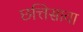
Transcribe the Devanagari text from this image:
छत्तिसावा